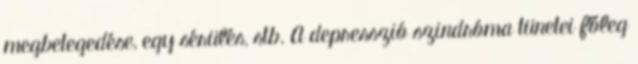
megbetegedése, egy sérülés, stb. A depresszió szindróma tünetei főleg